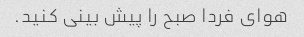
هوای فردا صبح را پیش بینی کنید.